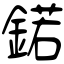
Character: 鍩